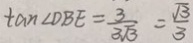
\tan \angle D B E = \frac { 3 } { 3 \sqrt { 3 } } = \frac { \sqrt { 3 } } { 3 }